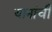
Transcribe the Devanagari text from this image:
यानांची